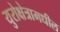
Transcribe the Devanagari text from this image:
युरोक्षेत्रामधील